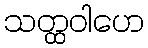
သတ္ထဝါဟေ